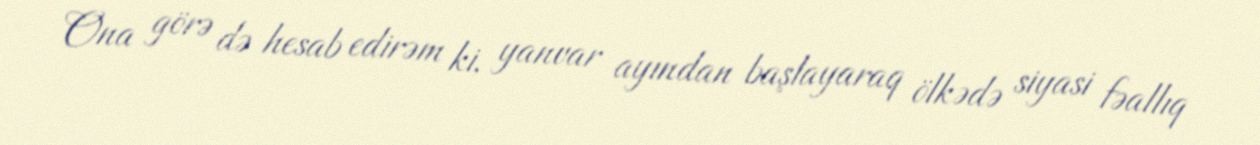
Ona görə də hesab edirəm ki, yanvar ayından başlayaraq ölkədə siyasi fəallıq